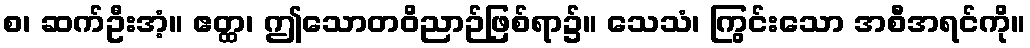
စ၊ ဆက်ဦးအံ့။ ဧတ္ထ၊ ဤသောတဝိညာဉ်ဖြစ်ရာ၌။ သေသံ၊ ကြွင်းသော အစီအရင်ကို။